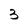
Character: 3